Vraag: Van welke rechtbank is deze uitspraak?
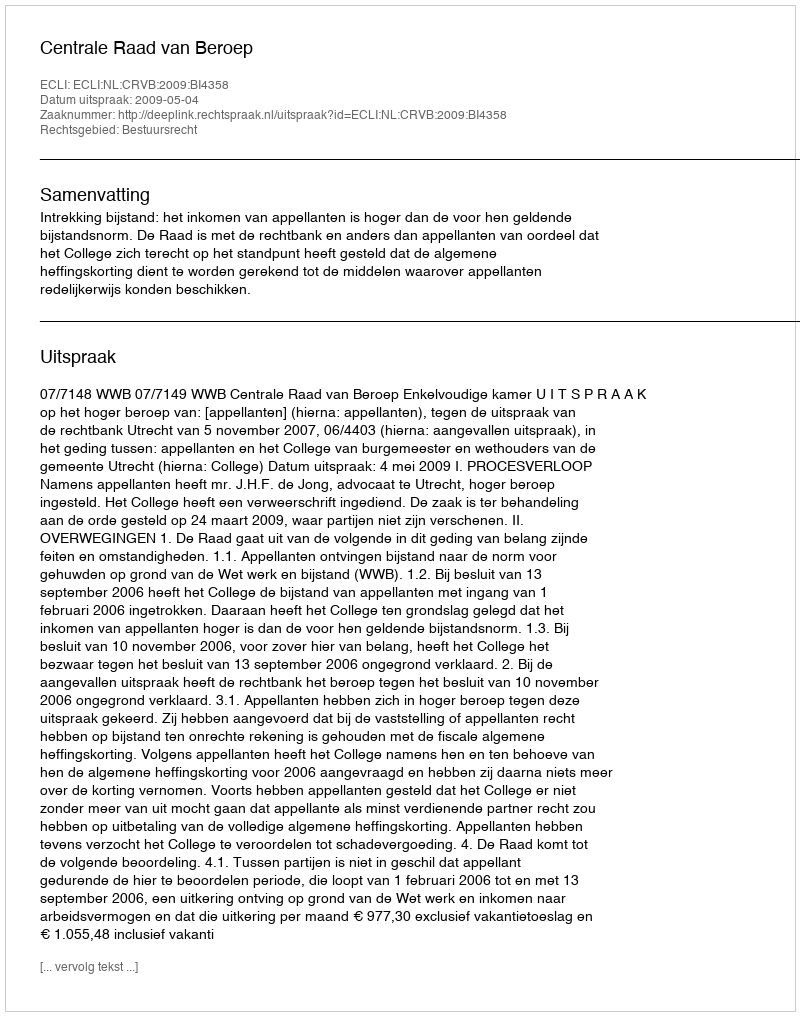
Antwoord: Centrale Raad van Beroep